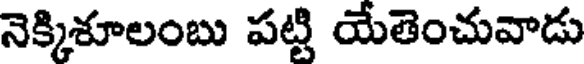
నెక్కిశూలంబు పట్టి యేతెంచువాడు